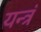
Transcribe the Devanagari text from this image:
यन्त्रं